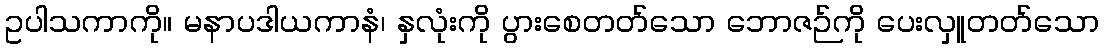
ဥပါသကာကို။ မနာပဒါယကာနံ၊ နှလုံးကို ပွားစေတတ်သော ဘောဇဉ်ကို ပေးလှူတတ်သော